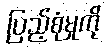
ပြည့်စုံမှုကို